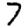
Digit: 7